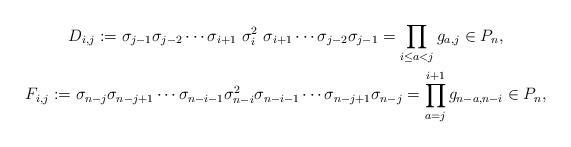
LaTeX: \begin{gather*}D_{i,j}:=\sigma_{j-1}\sigma_{j-2}\cdots\sigma_{i+1}~\sigma_{i}^2~\sigma_{i+1}\cdots\sigma_{j-2}\sigma_{j-1}=\prod_{i \le a < j}g_{a,j} \in P_{n},\\F_{i,j}:=\sigma_{n-j} \sigma_{n-j+1} \cdots \sigma_{n-i-1} \sigma_{n-i}^{2} \sigma_{n-i-1} \cdots \sigma_{n-j+1} \sigma_{n-j}=\prod_{a=j}^{i+1} g_{n-a,n-i} \in P_n,\end{gather*}